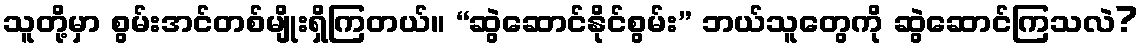
သူတို့မှာ စွမ်းအင်တစ်မျိုးရှိကြတယ်။ “ဆွဲဆောင်နိုင်စွမ်း” ဘယ်သူတွေကို ဆွဲဆောင်ကြသလဲ?